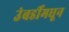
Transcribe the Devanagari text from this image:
उंबर्डीमधून